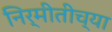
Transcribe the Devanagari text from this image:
निर्मीतीच्या